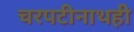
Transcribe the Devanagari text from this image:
चरपटीनाथही